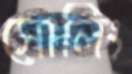
সোলিং